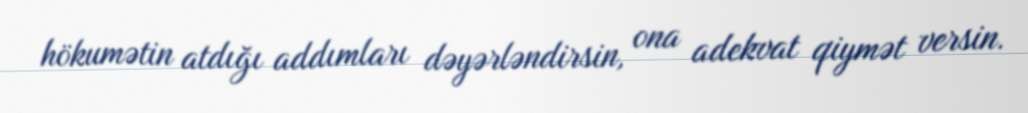
hökumətin atdığı addımları dəyərləndirsin, ona adekvat qiymət versin.